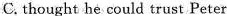
C. thought he could trust Peter